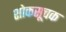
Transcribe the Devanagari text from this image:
शोकसूचक